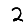
Digit: 2